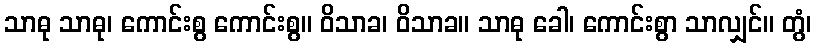
သာဓု သာဓု၊ ကောင်းစွ ကောင်းစွ။ ဝိသာခ၊ ဝိသာခ။ သာဓု ခေါ၊ ကောင်းစွာ သာလျှင်။ တွံ၊